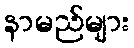
နာမည်များ